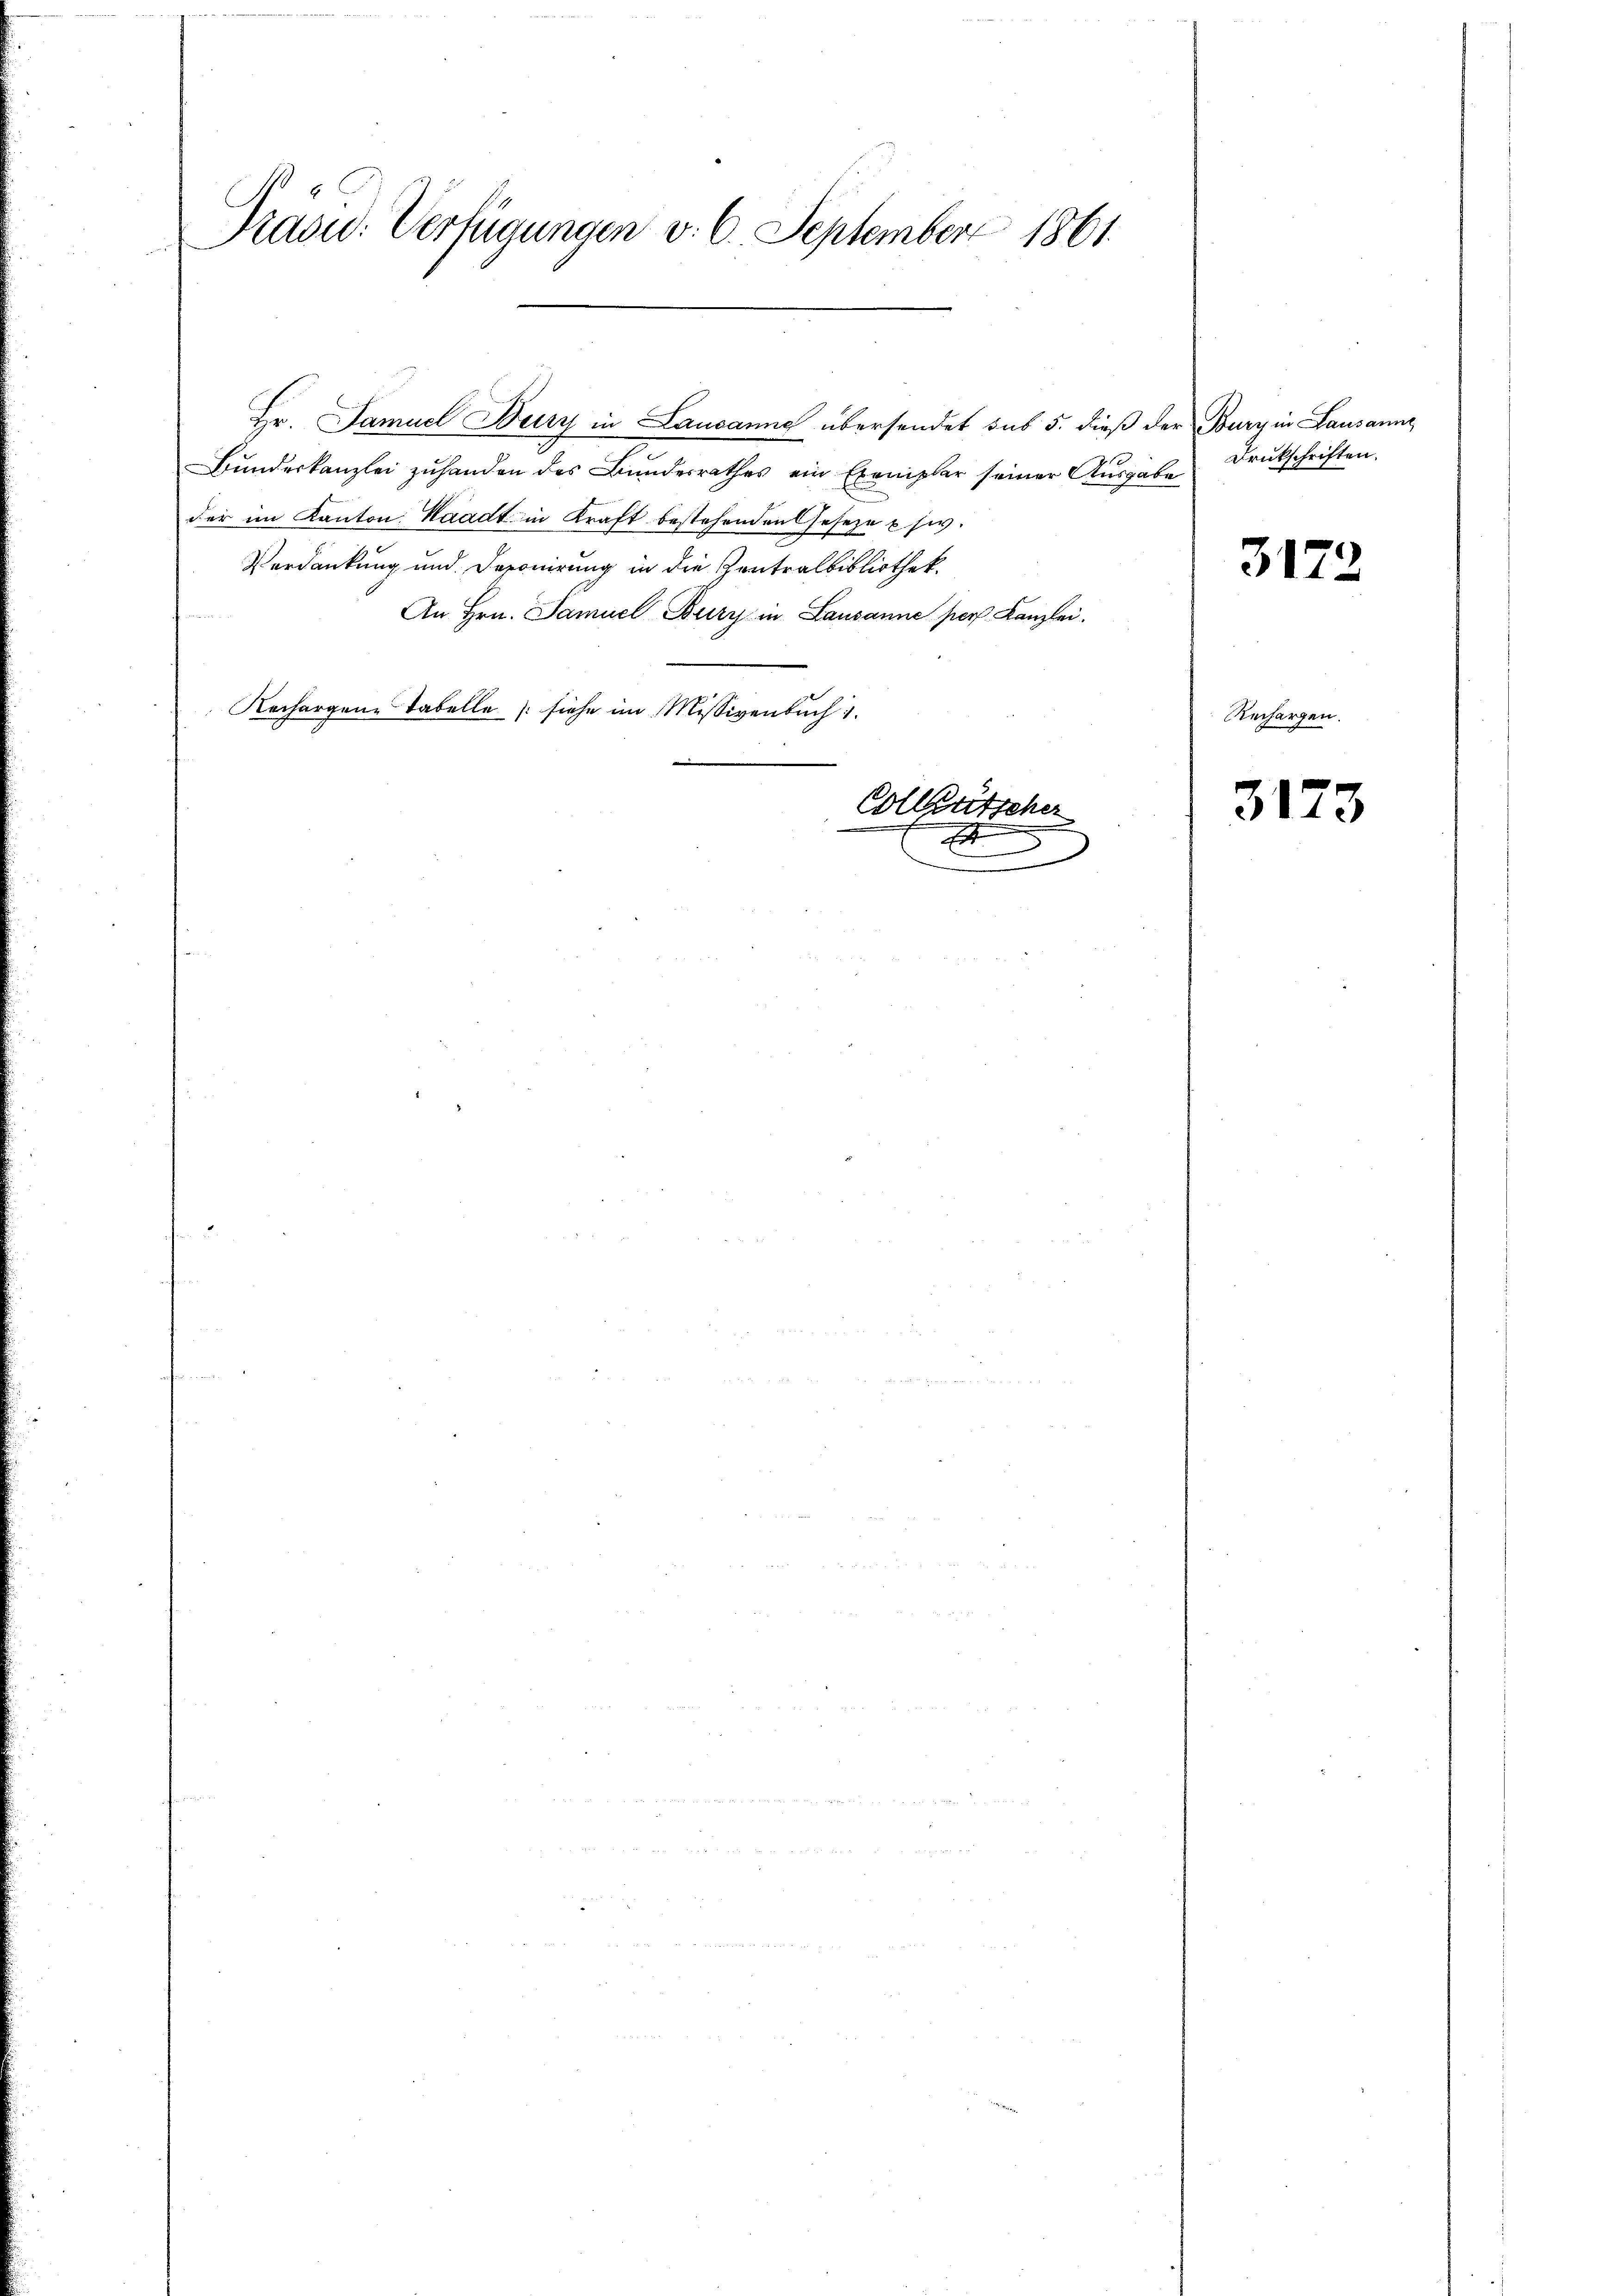
Präsid. Verfügungen v. 6. September 1861.
111

Hr. Samuel Burg in Lausanne übersendet sub 5. dieß der Burg in Lausanne
Bundeskanzlei zuhanden des Bundesrathes ein Exemplar seiner Ausgabe
der im Kanton Waadt in Kraft bestehenden Geseze usw.
Verdankung und Deponirung in die Zentralbibliothek.
An Hrn. Samuel Bury in Lausanne pers Kanzlei.
Rechargene Tabelle (siehe im Missivenbuch 1.
Colletscher

x

Drukschriften.

3172

Rechargen.

3173